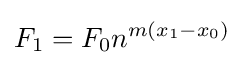
F_{1}=F_{0}n^{m(x_{1}-x_{0})}